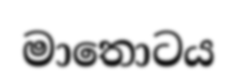
මාතොටය